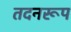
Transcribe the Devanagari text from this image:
तदनरूप